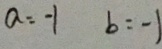
a = - 1 b = - 1